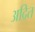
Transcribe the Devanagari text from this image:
अदित